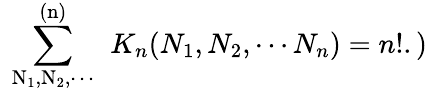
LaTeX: \mathrm{~\sum_{N_{1},N_{2},\cdots}^{(n)}~}\, K_{n}(N_{1},N_{2},\cdots N_{n})=n!.\mathrm{)}